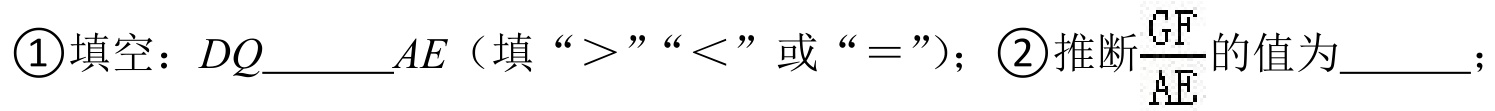
\textcircled{1}填空：\(DQ\)  \_\_\_ \(AE\)（填“\(>\)”“\(<\)”或“\(=\)”）；\textcircled{2}推断\(\frac{GF}{AE}\)的值为 \_\_\_ ；